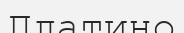
Платино